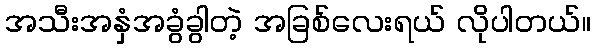
အသီးအနှံအခွံခွါတဲ့ အခြစ်လေးရယ် လိုပါတယ်။